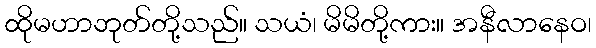
ထိုမဟာဘုတ်တို့သည်။ သယံ၊ မိမိတို့ကား။ အနီလာနေဝ၊